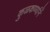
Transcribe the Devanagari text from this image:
कुळकर्ण्यानें